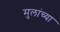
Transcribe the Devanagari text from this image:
मुलांच्‍या